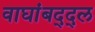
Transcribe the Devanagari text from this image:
वाघांबद्द्ल